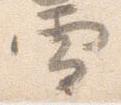
雪